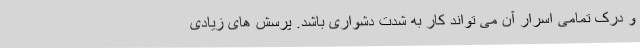
و درک تمامی اسرار آن می تواند کار به شدت دشواری باشد. پرسش های زیادی